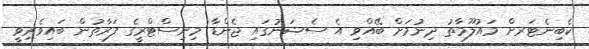
ކެބިނެޓަރށް މައުލޫމާތު ދިނުމަށް ބޭއްވި އެ ސެޝަނުގައި ޖެންޑާ މިނިސްޓްރީގެ ފަރާތުން ބައިވެރިވީ